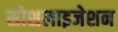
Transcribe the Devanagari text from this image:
सोशलाइजेशन